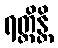
ရတ္တိန္တိ